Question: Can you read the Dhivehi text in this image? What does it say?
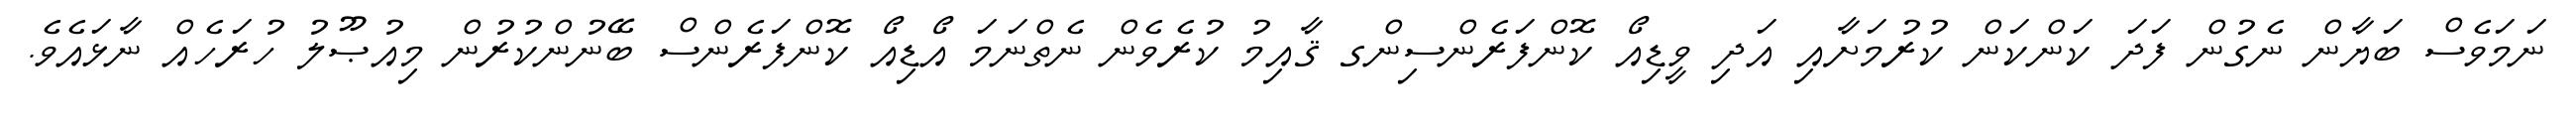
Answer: ނަމަވެސް ބަޔާން ނެގުން ފަދަ ކަންކަން ކުރުމަށާއި އަދި ވީޑިއޯ ކޮންފަރެންސިންގ ޤާއިމު ކުރެވެން ނެތްނަމަ އޯޑިއޯ ކޮންފަރެންސް ބޭނުންކުރުން މިއުޞޫލު ހުރަހެއް ނާޅައެވެ.